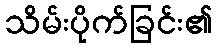
သိမ်းပိုက်ခြင်း၏